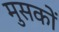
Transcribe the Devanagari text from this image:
मुसकों